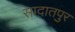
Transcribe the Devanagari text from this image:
सादातपुर